NAE_ERA_R-2324_Eesti_Vabariigi_Pohiseaduslik_Assamblee, lk 28
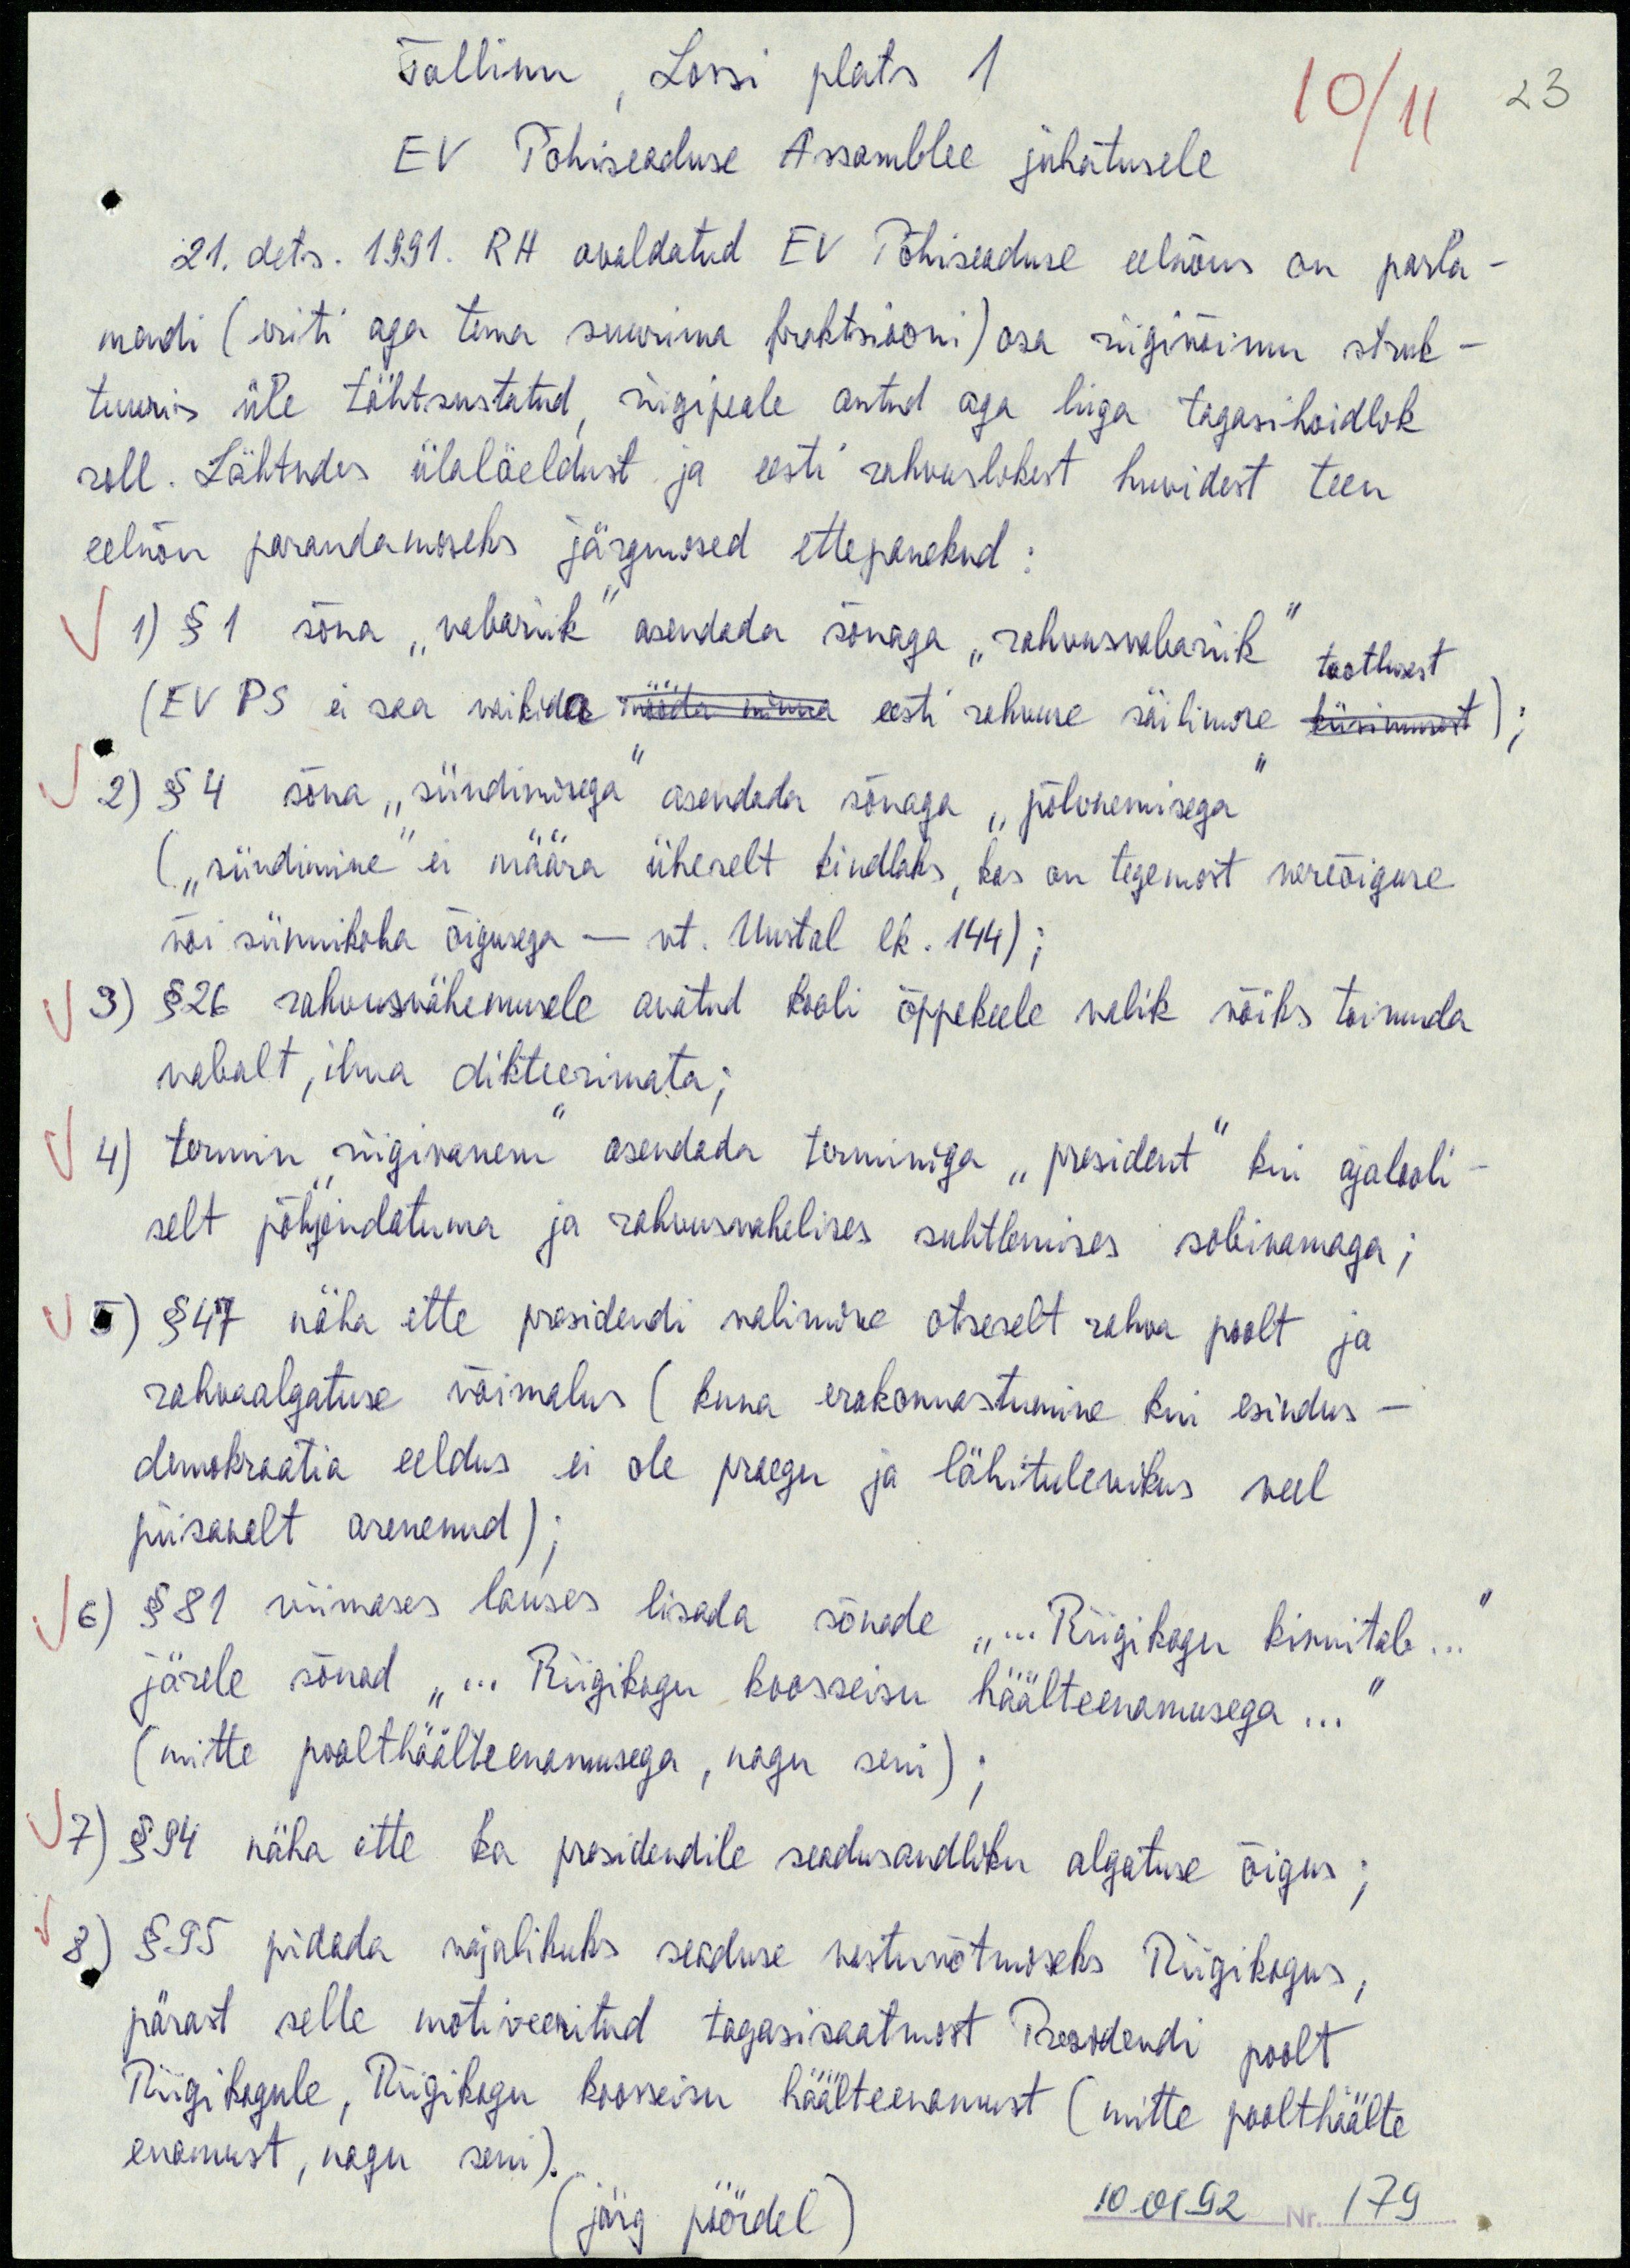
Tallinn, Lossi plats 1
10/11
EV Põhiseaduse Assamblee juhatusele
21. dets. 1991. RH avaldatud EV Põhiseaduse eelnõus on parla-
mendi (eriti aga tema suurima fraktsiooni) osa riigivõimu struk-
tuuris üle tähtsustatud, riigipeale antud aga liiga tagasihoidlik
roll. Lähtudes ülalöeldust ja eesti rahvuslikest huvidest teen
eelnõu parandamiseks järgmised ettepanekud:
1) § 1 sõna "vabariik" asendada sõnaga "rahvusvabariik" taotlusest
(EV PS ei saa vaikida mööda minna eesti rahvuse säilimise küsimusest);
2) § 4 sõna "sündimisega" asendada sõnaga "põlvnemisega"
("sündimine" ei määra üheselt kindlaks, kas on tegemist vereõiguse
või sünnikoha õigusega - vt. Uustal lk.144);
3) § 26 rahvusvähemusele avatud kooli õppekeele valik võiks toimuda
vabalt, ilma dikteerimata;
(4) termin "riigivanem" asendada terminiga "president" kui ajalooli-
selt põhjendatuma ja rahvusvahelises suhtlemises sobivamaga;
5) § 47 näha ette presidendi valimine otseselt rahva poolt ja
rahvaalgatuse võimalus (kuna erakonnastumine kui esindus-
demokraatia eeldus ei ole praegu ja lähitulevikus veel
piisavalt arenenud);
6) § 81 viimases lauses lisada sõnade "... Riigikogu kinnitab..."
järele sõnad "... Riigikogu koosseisu häälteenamusega..."
(mitte poolthäälteenamusega, nagu seni);
7) § 94 näha ette ka presidendile seadusandliku algatuse õigus;
8) § 95 pidada vajalikuks seaduse vastuvõtmiseks Riigikogus,
pärast selle motiveeritud tagasisaatmist Presidendi poolt
Riigikogule, Riigikogu koosseisu häälteenamust (mitte poolthäälte
enamust, nagu seni).
järg pöördel
10.01.92 Nr. 179

23